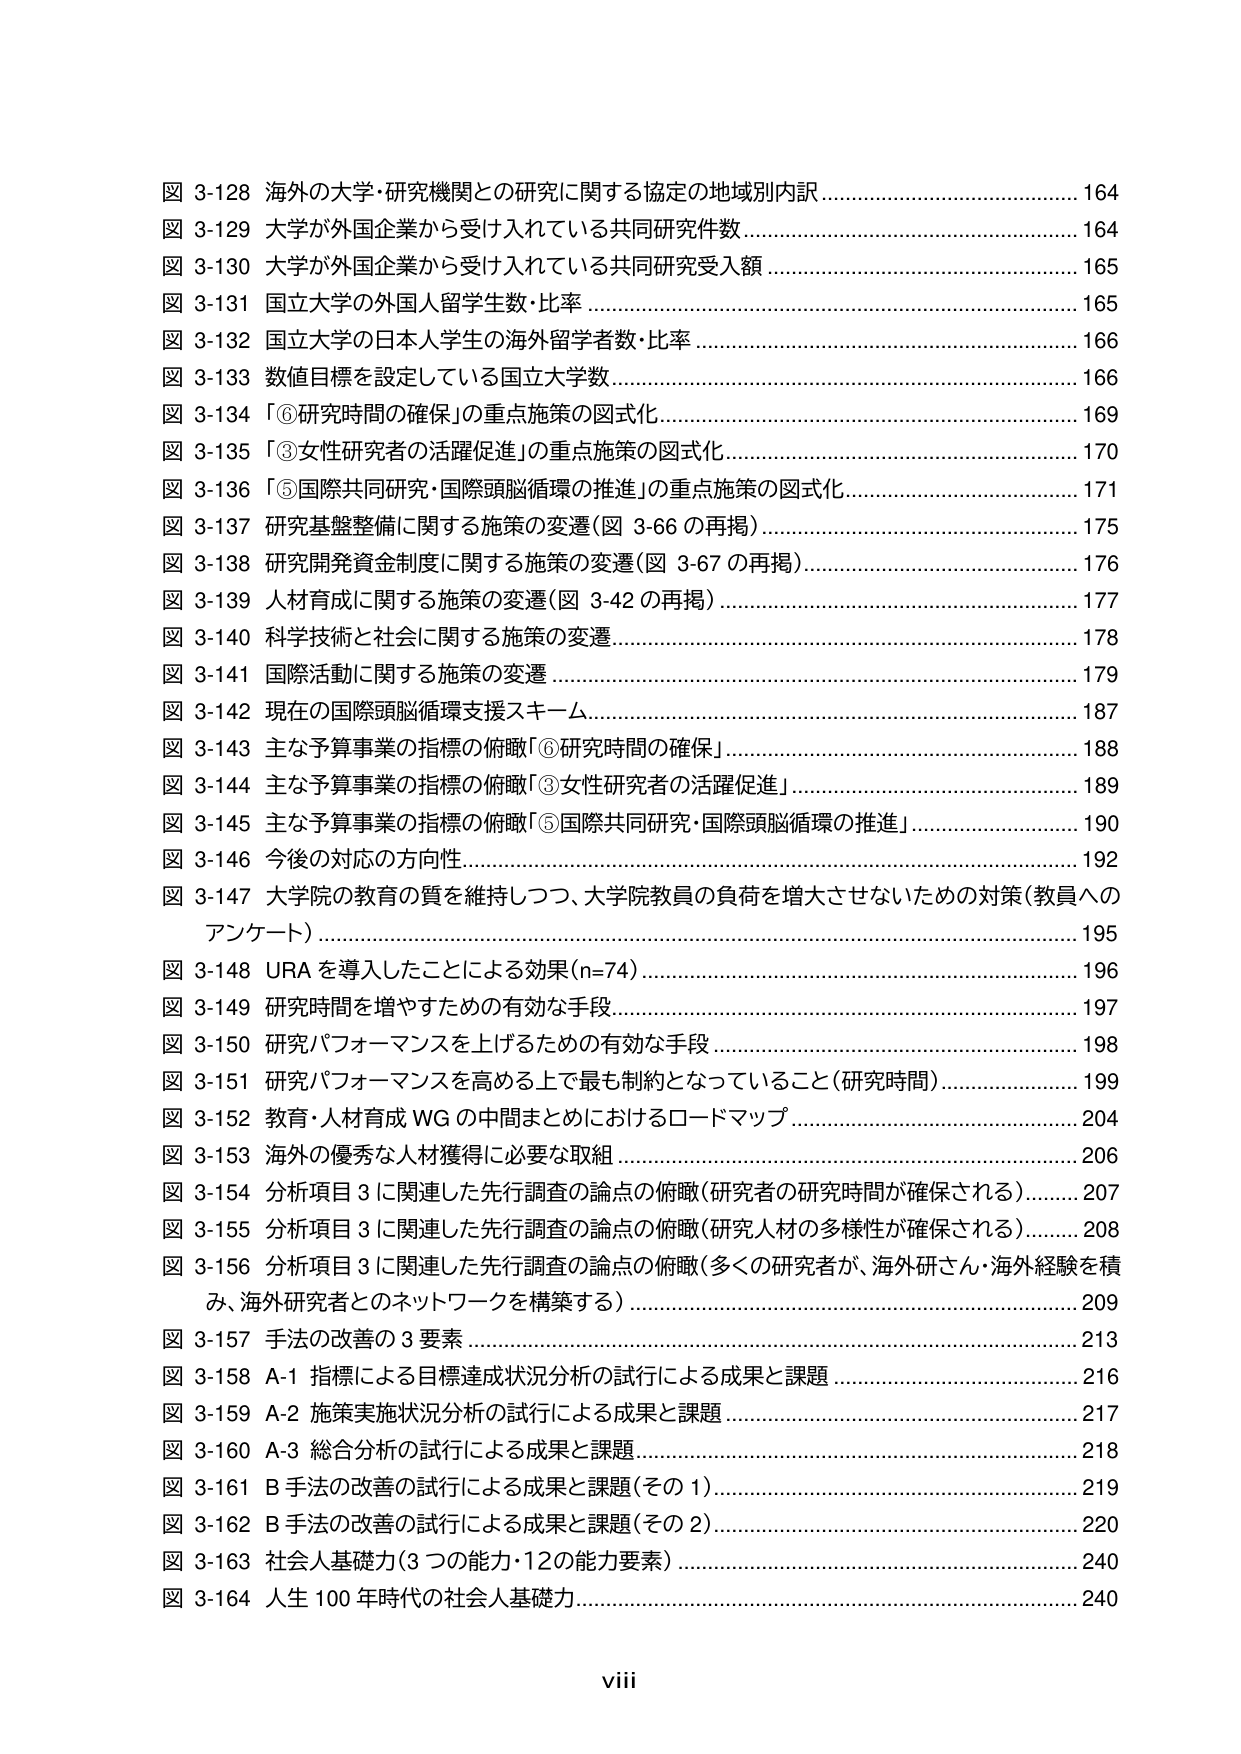
図 3-128 海外の大学・研究機関との研究に関する協定の地域別内訳 164
図 3-129 大学が外国企業から受け入れている共同研究件数 164
図 3-130 大学が外国企業から受け入れている共同研究受入額 165
図 3-131 国立大学の外国人留学生数・比率 165
図 3-132 国立大学の日本人学生の海外留学者数・比率 166
図 3-133 数値目標を設定している国立大学数 166
図 3-134 「⑥研究時間の確保」の重点施策の図式化 169
図 3-135 「③女性研究者の活躍促進」の重点施策の図式化 170
図 3-136 「⑤国際共同研究・国際頭脳循環の推進」の重点施策の図式化 171
図 3-137 研究基盤整備に関する施策の変遷（図 3-66 の再掲） 175
図 3-138 研究開発資金制度に関する施策の変遷（図 3-67 の再掲） 176
図 3-139 人材育成に関する施策の変遷（図 3-42 の再掲） 177
図 3-140 科学技術と社会に関する施策の変遷 178
図 3-141 国際活動に関する施策の変遷 179
図 3-142 現在の国際頭脳循環支援スキーム 187
図 3-143 主な予算事業の指標の俯瞰「⑥研究時間の確保」 188
図 3-144 主な予算事業の指標の俯瞰「③女性研究者の活躍促進」 189
図 3-145 主な予算事業の指標の俯瞰「⑤国際共同研究・国際頭脳循環の推進」 190
図 3-146 今後の対応の方向性 192
図 3-147 大学院の教育の質を維持しつつ、大学院教員の負荷を増大させないための対策（教員へのアンケート） 195
図 3-148 URA を導入したことによる効果（n=74） 196
図 3-149 研究時間を増やすための有効な手段 197
図 3-150 研究パフォーマンスを上げるための有効な手段 198
図 3-151 研究パフォーマンスを高める上で最も制約となっていること（研究時間） 199
図 3-152 教育・人材育成 WG の中間まとめにおけるロードマップ 204
図 3-153 海外の優秀な人材獲得に必要な取組 206
図 3-154 分析項目 3 に関連した先行調査の論点の俯瞰（研究者の研究時間が確保される） 207
図 3-155 分析項目 3 に関連した先行調査の論点の俯瞰（研究人材の多様性が確保される） 208
図 3-156 分析項目 3 に関連した先行調査の論点の俯瞰（多くの研究者が、海外研さん・海外経験を積み、海外研究者とのネットワークを構築する） 209
図 3-157 手法の改善の 3 要素 213
図 3-158 A-1 指標による目標達成状況分析の試行による成果と課題 216
図 3-159 A-2 施策実施状況分析の試行による成果と課題 217
図 3-160 A-3 総合分析の試行による成果と課題 218
図 3-161 B 手法の改善の試行による成果と課題（その 1） 219
図 3-162 B 手法の改善の試行による成果と課題（その 2） 220
図 3-163 社会人基礎力（3 つの能力・12 の能力要素） 240
図 3-164 人生 100 年時代の社会人基礎力 240
viii